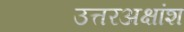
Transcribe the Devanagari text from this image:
उत्तरअक्षांश